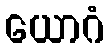
ယောဂံ